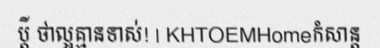
ប្តី ថាល្អគ្មានទាស់! | KHTOEMHomeកំសាន្ត